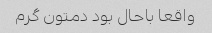
واقعا باحال بود دمتون گرم